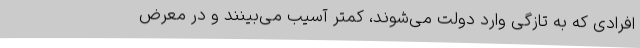
افرادی که به تازگی وارد دولت می‌شوند، کمتر آسیب می‌بینند و در معرض